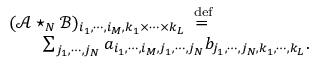
\begin{array} { r l r } { \lefteqn { ( \mathcal { A } \star _ { N } \mathcal { B } ) _ { i _ { 1 } , \cdots , i _ { M } , k _ { 1 } \times \cdots \times k _ { L } } \stackrel { \mathrm { \tiny ~ d e f } } { = } } } \\ & { } & { \sum _ { j _ { 1 } , \cdots , j _ { N } } a _ { i _ { 1 } , \cdots , i _ { M } , j _ { 1 } , \cdots , j _ { N } } b _ { j _ { 1 } , \cdots , j _ { N } , k _ { 1 } , \cdots , k _ { L } } . } \end{array}